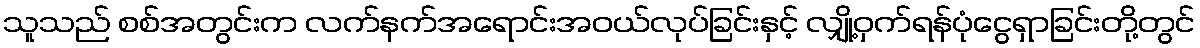
သူသည် စစ်အတွင်းက လက်နက်အရောင်းအဝယ်လုပ်ခြင်းနှင့် လျှို့ဝှက်ရန်ပုံငွေရှာခြင်းတို့တွင်